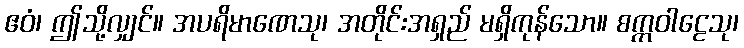
ဧဝံ၊ ဤသို့လျှင်။ အပရိမာဏေသု၊ အတိုင်းအရှည် မရှိကုန်သော။ စက္ကဝါဠေသု၊